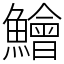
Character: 鱠